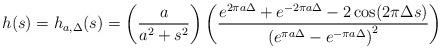
LaTeX: \begin{align*} h(s)=h_{a,\Delta}(s)=\left(\dfrac{a}{a^2+s^2}\right)\left(\dfrac{e^{2\pi a\Delta}+e^{-2\pi a\Delta}-2\cos(2\pi\Delta s)}{\left(e^{\pi a\Delta}-e^{-\pi a\Delta}\right)^2}\right)\end{align*}